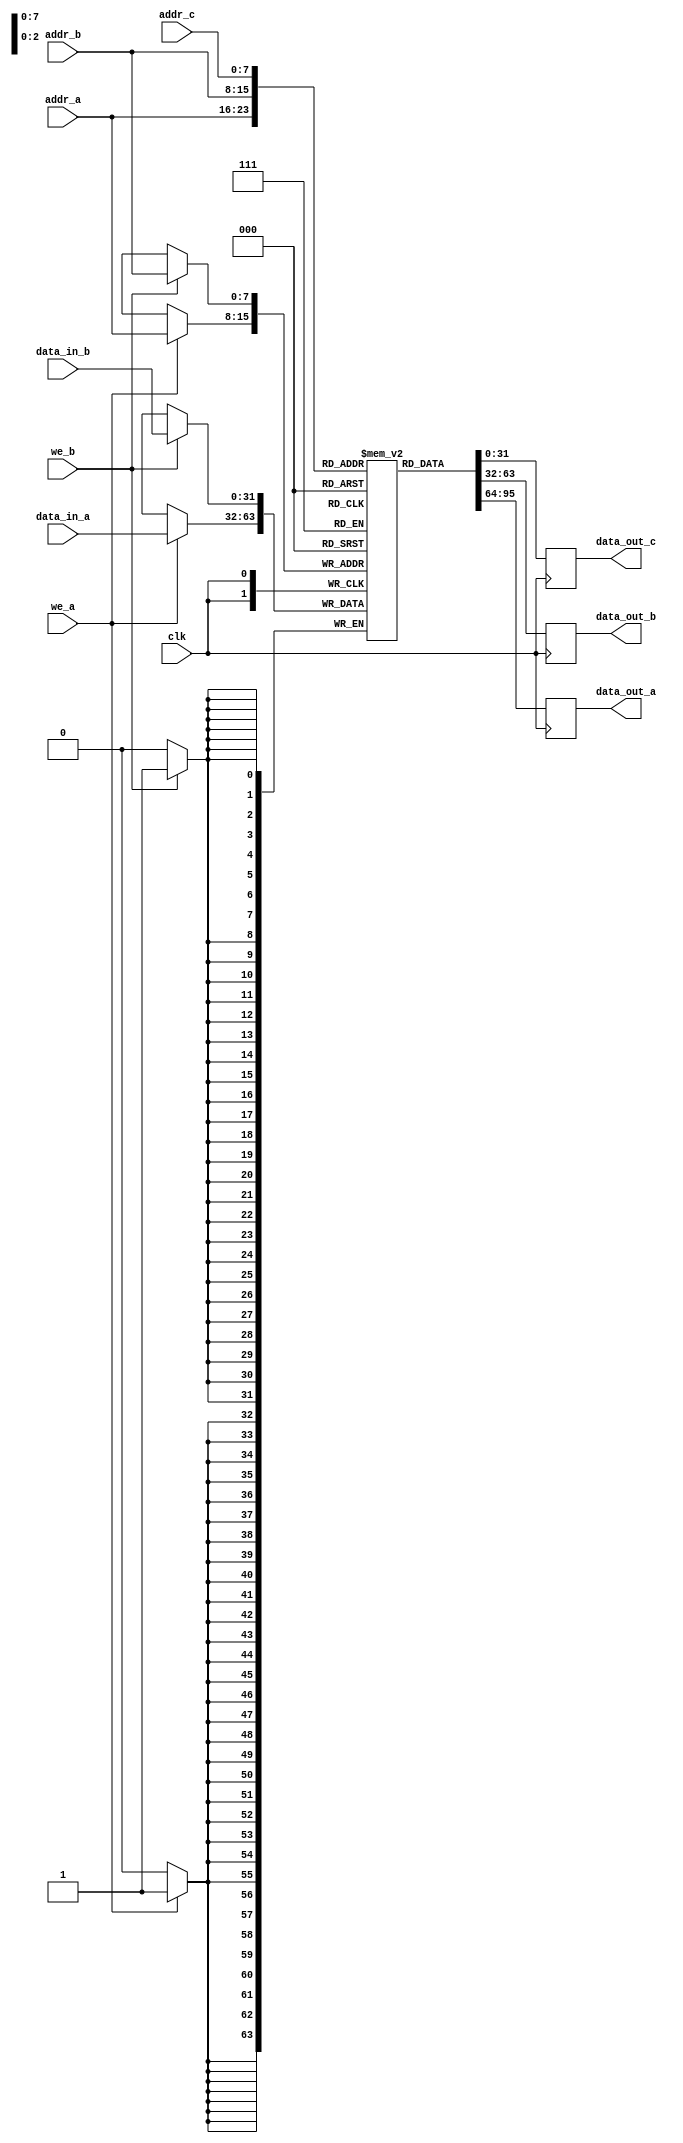
module tp_ram #(
    parameter addr_width = 8,  // Address width
    parameter data_width = 32   // Data width
)(
    input wire clk,                  // Clock signal
    input wire we_a,                 // Write enable for Port A
    input wire [addr_width-1:0] addr_a, // Address for Port A
    input wire [data_width-1:0] data_in_a, // Data input for Port A
    output reg [data_width-1:0] data_out_a, // Data output for Port A

    input wire we_b,                 // Write enable for Port B
    input wire [addr_width-1:0] addr_b, // Address for Port B
    input wire [data_width-1:0] data_in_b, // Data input for Port B
    output reg [data_width-1:0] data_out_b, // Data output for Port B

    input wire [addr_width-1:0] addr_c, // Address for Port C
    output reg [data_width-1:0] data_out_c // Data output for Port C
);

    // Memory array declaration
    reg [data_width-1:0] mem [(2**addr_width)-1:0];

    // Read/Write operation for Port A
    always @(posedge clk) begin
        if (we_a) begin
            mem[addr_a] <= data_in_a; // Write data to memory
        end
        data_out_a <= mem[addr_a]; // Read data from memory
    end

    // Read/Write operation for Port B
    always @(posedge clk) begin
        if (we_b) begin
            mem[addr_b] <= data_in_b; // Write data to memory
        end
        data_out_b <= mem[addr_b]; // Read data from memory
    end

    // Read operation for Port C
    always @(posedge clk) begin
        data_out_c <= mem[addr_c]; // Read data from memory
    end

    // Optional: Initialization block (if needed)
    initial begin
        // Initialize memory with preset values (if required)
        // Example: mem[0] = 32'hDEADBEEF;
    end

endmodule